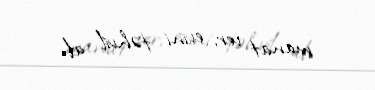
manat ver, evini təhvil al.